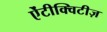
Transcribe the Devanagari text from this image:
ऐंटीक्विटीज़